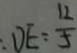
D E = \frac { 1 2 } { 5 }